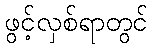
ဖွင့်လှစ်ရာတွင်